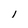
Character: 1